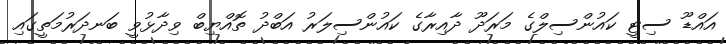
އައްޑޫ ސިޓީ ކައުންސިލްގެ މަރަދޫ ދާއިރާގެ ކައުންސިލަރު އަބްދު ތޮއްޔިބް ވިދާޅުވީ ބަނދަރުމަތީގައި